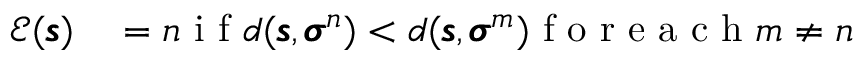
\begin{array} { r l } { \mathcal { E } ( \pmb { \mathscr { s } } ) } & { { } = n \mathrm { ~ i ~ f ~ } d ( \pmb { \mathscr { s } } , \pmb { \sigma } ^ { n } ) < d ( \pmb { \mathscr { s } } , \pmb { \sigma } ^ { m } ) \mathrm { ~ f ~ o ~ r ~ e ~ a ~ c ~ h ~ } m \neq n } \end{array}